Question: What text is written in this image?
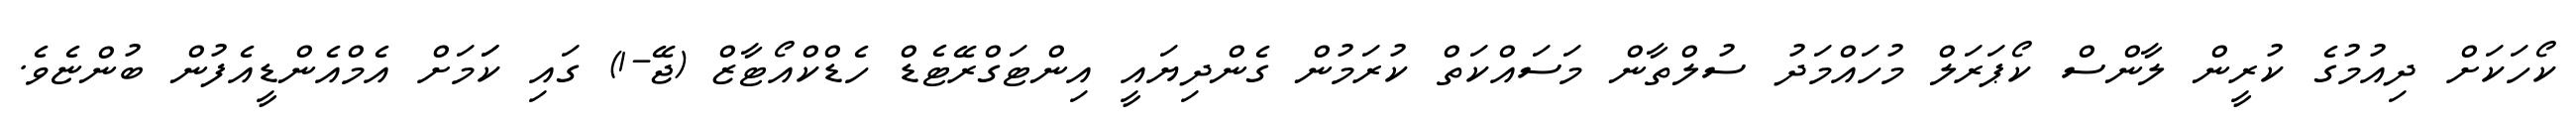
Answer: ކޯހަކަށް ދިއުމުގެ ކުރީން ލާންސް ކޯޕަރަލް މުހައްމަދު ސުލްތާން މަސައްކަތް ކުރަމުން ގެންދިޔައީ އިންޓަގްރޭޓެޑް ހެޑްކްއޯޓާޒް (ޖޭ-1) ގައި ކަަމަށް އެމްއެންޑީއެފުން ބުންޏެވެ.